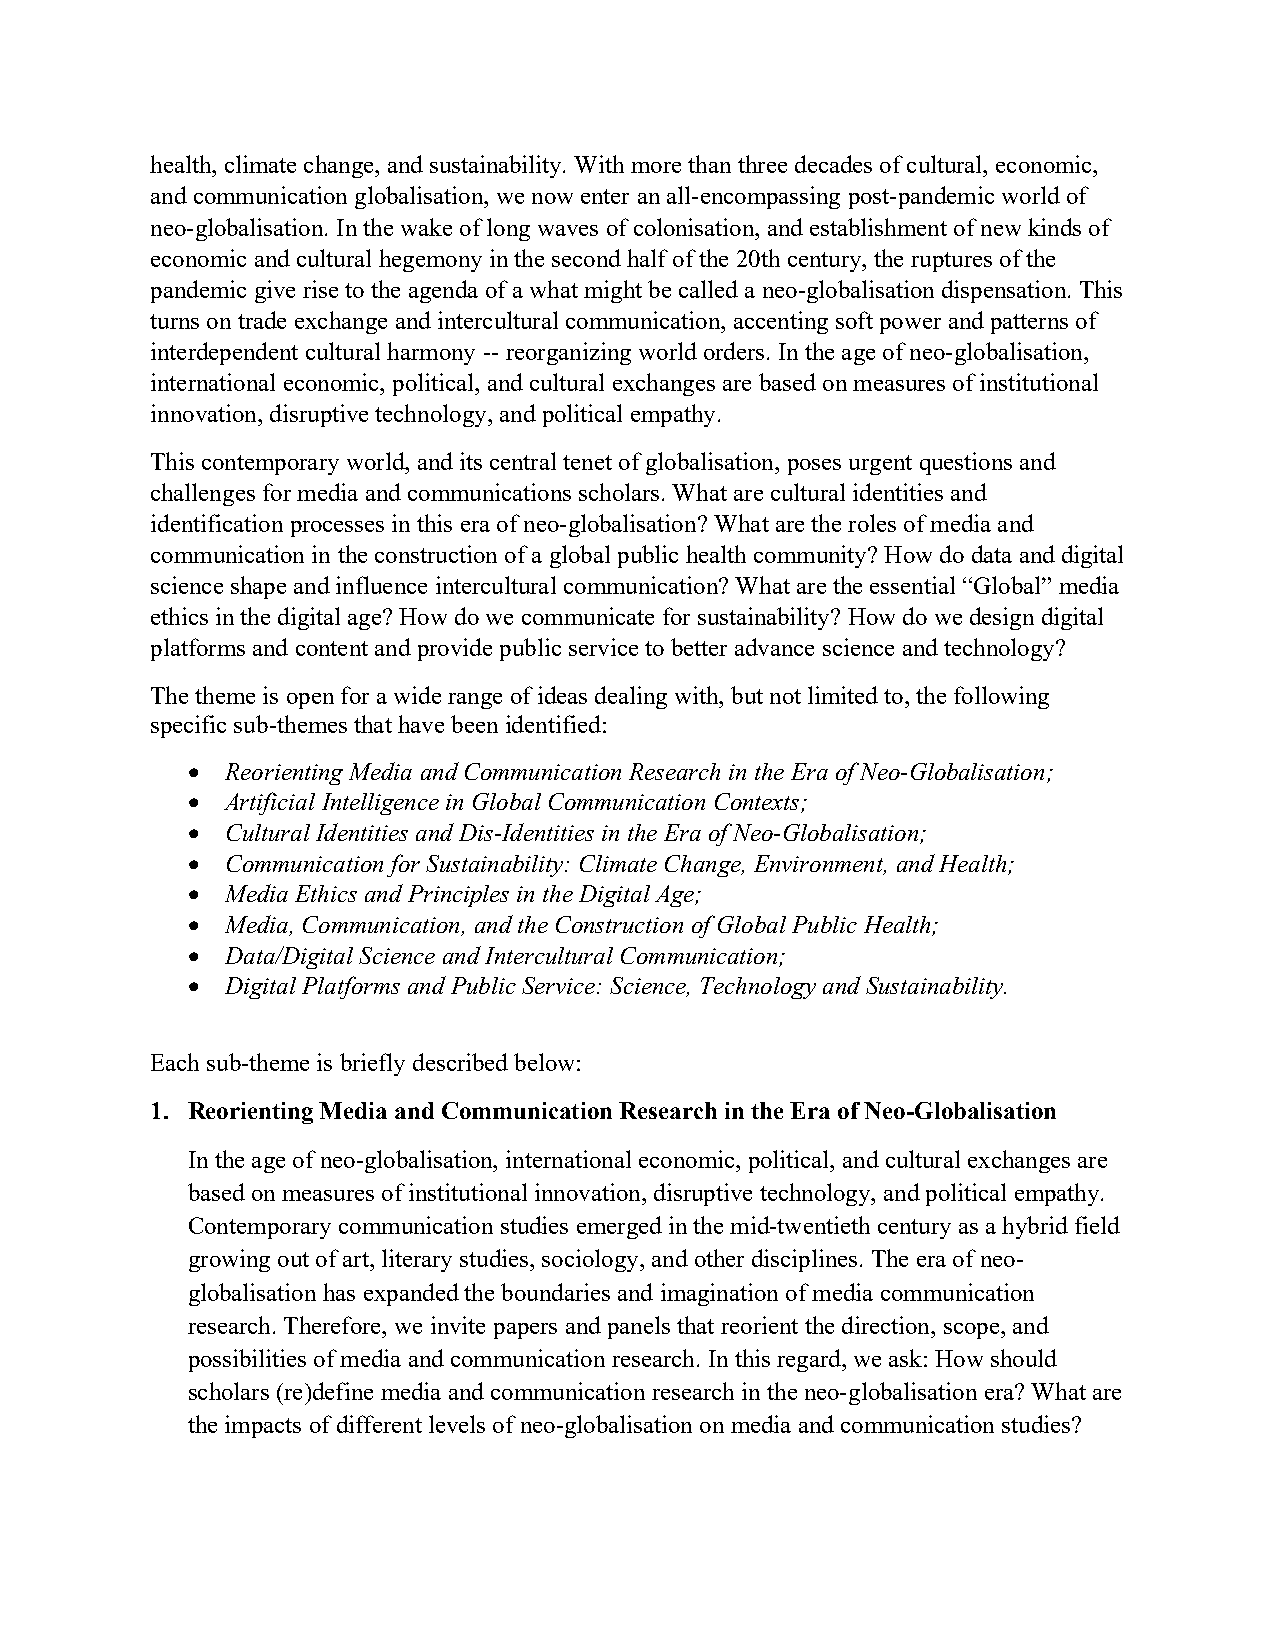
health, climate change, and sustainability. With more than three decades of cultural, economic,
 and communication globalisation, we now enter an all-encompassing post-pandemic world of
 neo-globalisation. In the wake of long waves of colonisation, and establishment of new kinds of
 economic and cultural hegemony in the second half of the 20th century, the ruptures of the
 pandemic give rise to the agenda of a what might be called a neo-globalisation dispensation. This
 turns on trade exchange and intercultural communication, accenting soft power and patterns of
 interdependent cultural harmony -- reorganizing world orders. In the age of neo-globalisation,
 international economic, political, and cultural exchanges are based on measures of institutional
 innovation, disruptive technology, and political empathy.
 This contemporary world, and its central tenet of globalisation, poses urgent questions and
 challenges for media and communications scholars. What are cultural identities and
 identification processes in this era of neo-globalisation? What are the roles of media and
 communication in the construction of a global public health community? How do data and digital
 science shape and influence intercultural communication? What are the essential “Global” media
 ethics in the digital age? How do we communicate for sustainability? How do we design digital
 platforms and content and provide public service to better advance science and technology?
 The theme is open for a wide range of ideas dealing with, but not limited to, the following
 specific sub-themes that have been identified:
   Reorienting Media and Communication Research in the Era of Neo-Globalisation;
   Artificial Intelligence in Global Communication Contexts;
   Cultural Identities and Dis-Identities in the Era of Neo-Globalisation;
   Communication for Sustainability: Climate Change, Environment, and Health;
   Media Ethics and Principles in the Digital Age;
   Media, Communication, and the Construction of Global Public Health;
   Data/Digital Science and Intercultural Communication;
   Digital Platforms and Public Service: Science, Technology and Sustainability.
 Each sub-theme is briefly described below:
 1. Reorienting Media and Communication Research in the Era of Neo-Globalisation
 In the age of neo-globalisation, international economic, political, and cultural exchanges are
 based on measures of institutional innovation, disruptive technology, and political empathy.
 Contemporary communication studies emerged in the mid-twentieth century as a hybrid field
 growing out of art, literary studies, sociology, and other disciplines. The era of neo-
 globalisation has expanded the boundaries and imagination of media communication
 research. Therefore, we invite papers and panels that reorient the direction, scope, and
 possibilities of media and communication research. In this regard, we ask: How should
 scholars (re)define media and communication research in the neo-globalisation era? What are
 the impacts of different levels of neo-globalisation on media and communication studies?